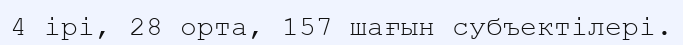
4 ірі, 28 орта, 157 шағын субъектілері.